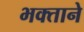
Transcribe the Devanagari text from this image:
भक्‍ताने